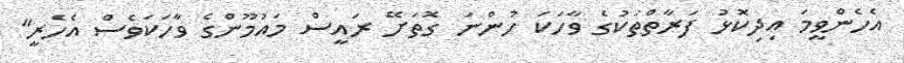
އެހެންވީމަ އިދިކޮޅު ފަރާތްތަކުގެ ވާހަކަ ހުންނަ ގޮތަށޭ ރައީސް މައުމޫންގެ ވާހަކަވެސް އެހެރީ"